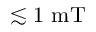
\lesssim 1 ~ \mathrm { m T }